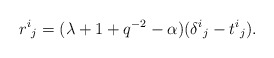
\begin{align*}{r^i}_j = (\lambda +1 +q^{-2} - \alpha)({\delta^i}_j - {t^i}_j).\end{align*}